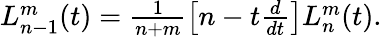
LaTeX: \begin{array}{r}{L_{n-1}^{m}(t)=\frac{1}{n+m}\left[n-t\frac{d}{dt}\right]L_{n}^{m}(t).}\end{array}